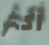
أكثر